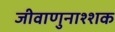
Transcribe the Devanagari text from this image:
जीवाणुनाश्शक